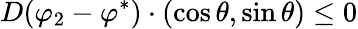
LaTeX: D(\varphi_{2}-\varphi^{*})\cdot(\cos\theta,\sin\theta)\leq 0